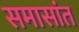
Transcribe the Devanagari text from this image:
समासांत